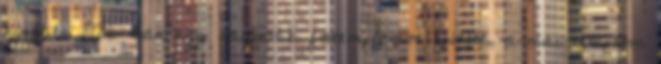
kisebb, 1726-ban egy nagyobb fatemplomot épített, a mai templom